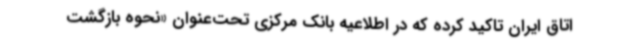
اتاق ایران تاکید کرده که در اطلاعیه بانک مرکزی تحت‌عنوان «نحوه بازگشت